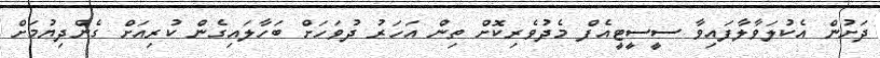
ދަށުން އެކުލަވާލާފައިވާ ސީސީޓީއެފް މެދުވެރިކޮށް ތިން އަހަރު ދުވަހަށް ބަހާލައިގެން ކުރިއަށް ގެންދިޔުމަށް